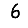
Digit: 6